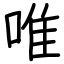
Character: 唯